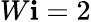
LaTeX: W\mathbf{i}=2